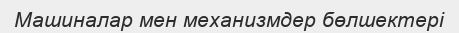
Машиналар мен механизмдер бөлшектері